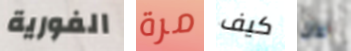
الفورية مرة كيف عن